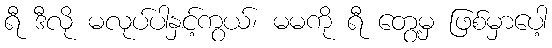
ရီ ဒီလို မလုပ်ပါနှင့်ကွယ်၊ မမကို ရီ တွေ့မှ ဖြစ်မှာပေါ့